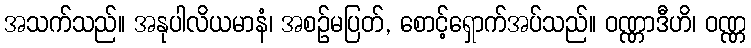
အသက်သည်။ အနုပါလိယမာနံ၊ အစဉ်မပြတ်, စောင့်ရှောက်အပ်သည်။ ဝဏ္ဏာဒီဟိ၊ ဝဏ္ဏ